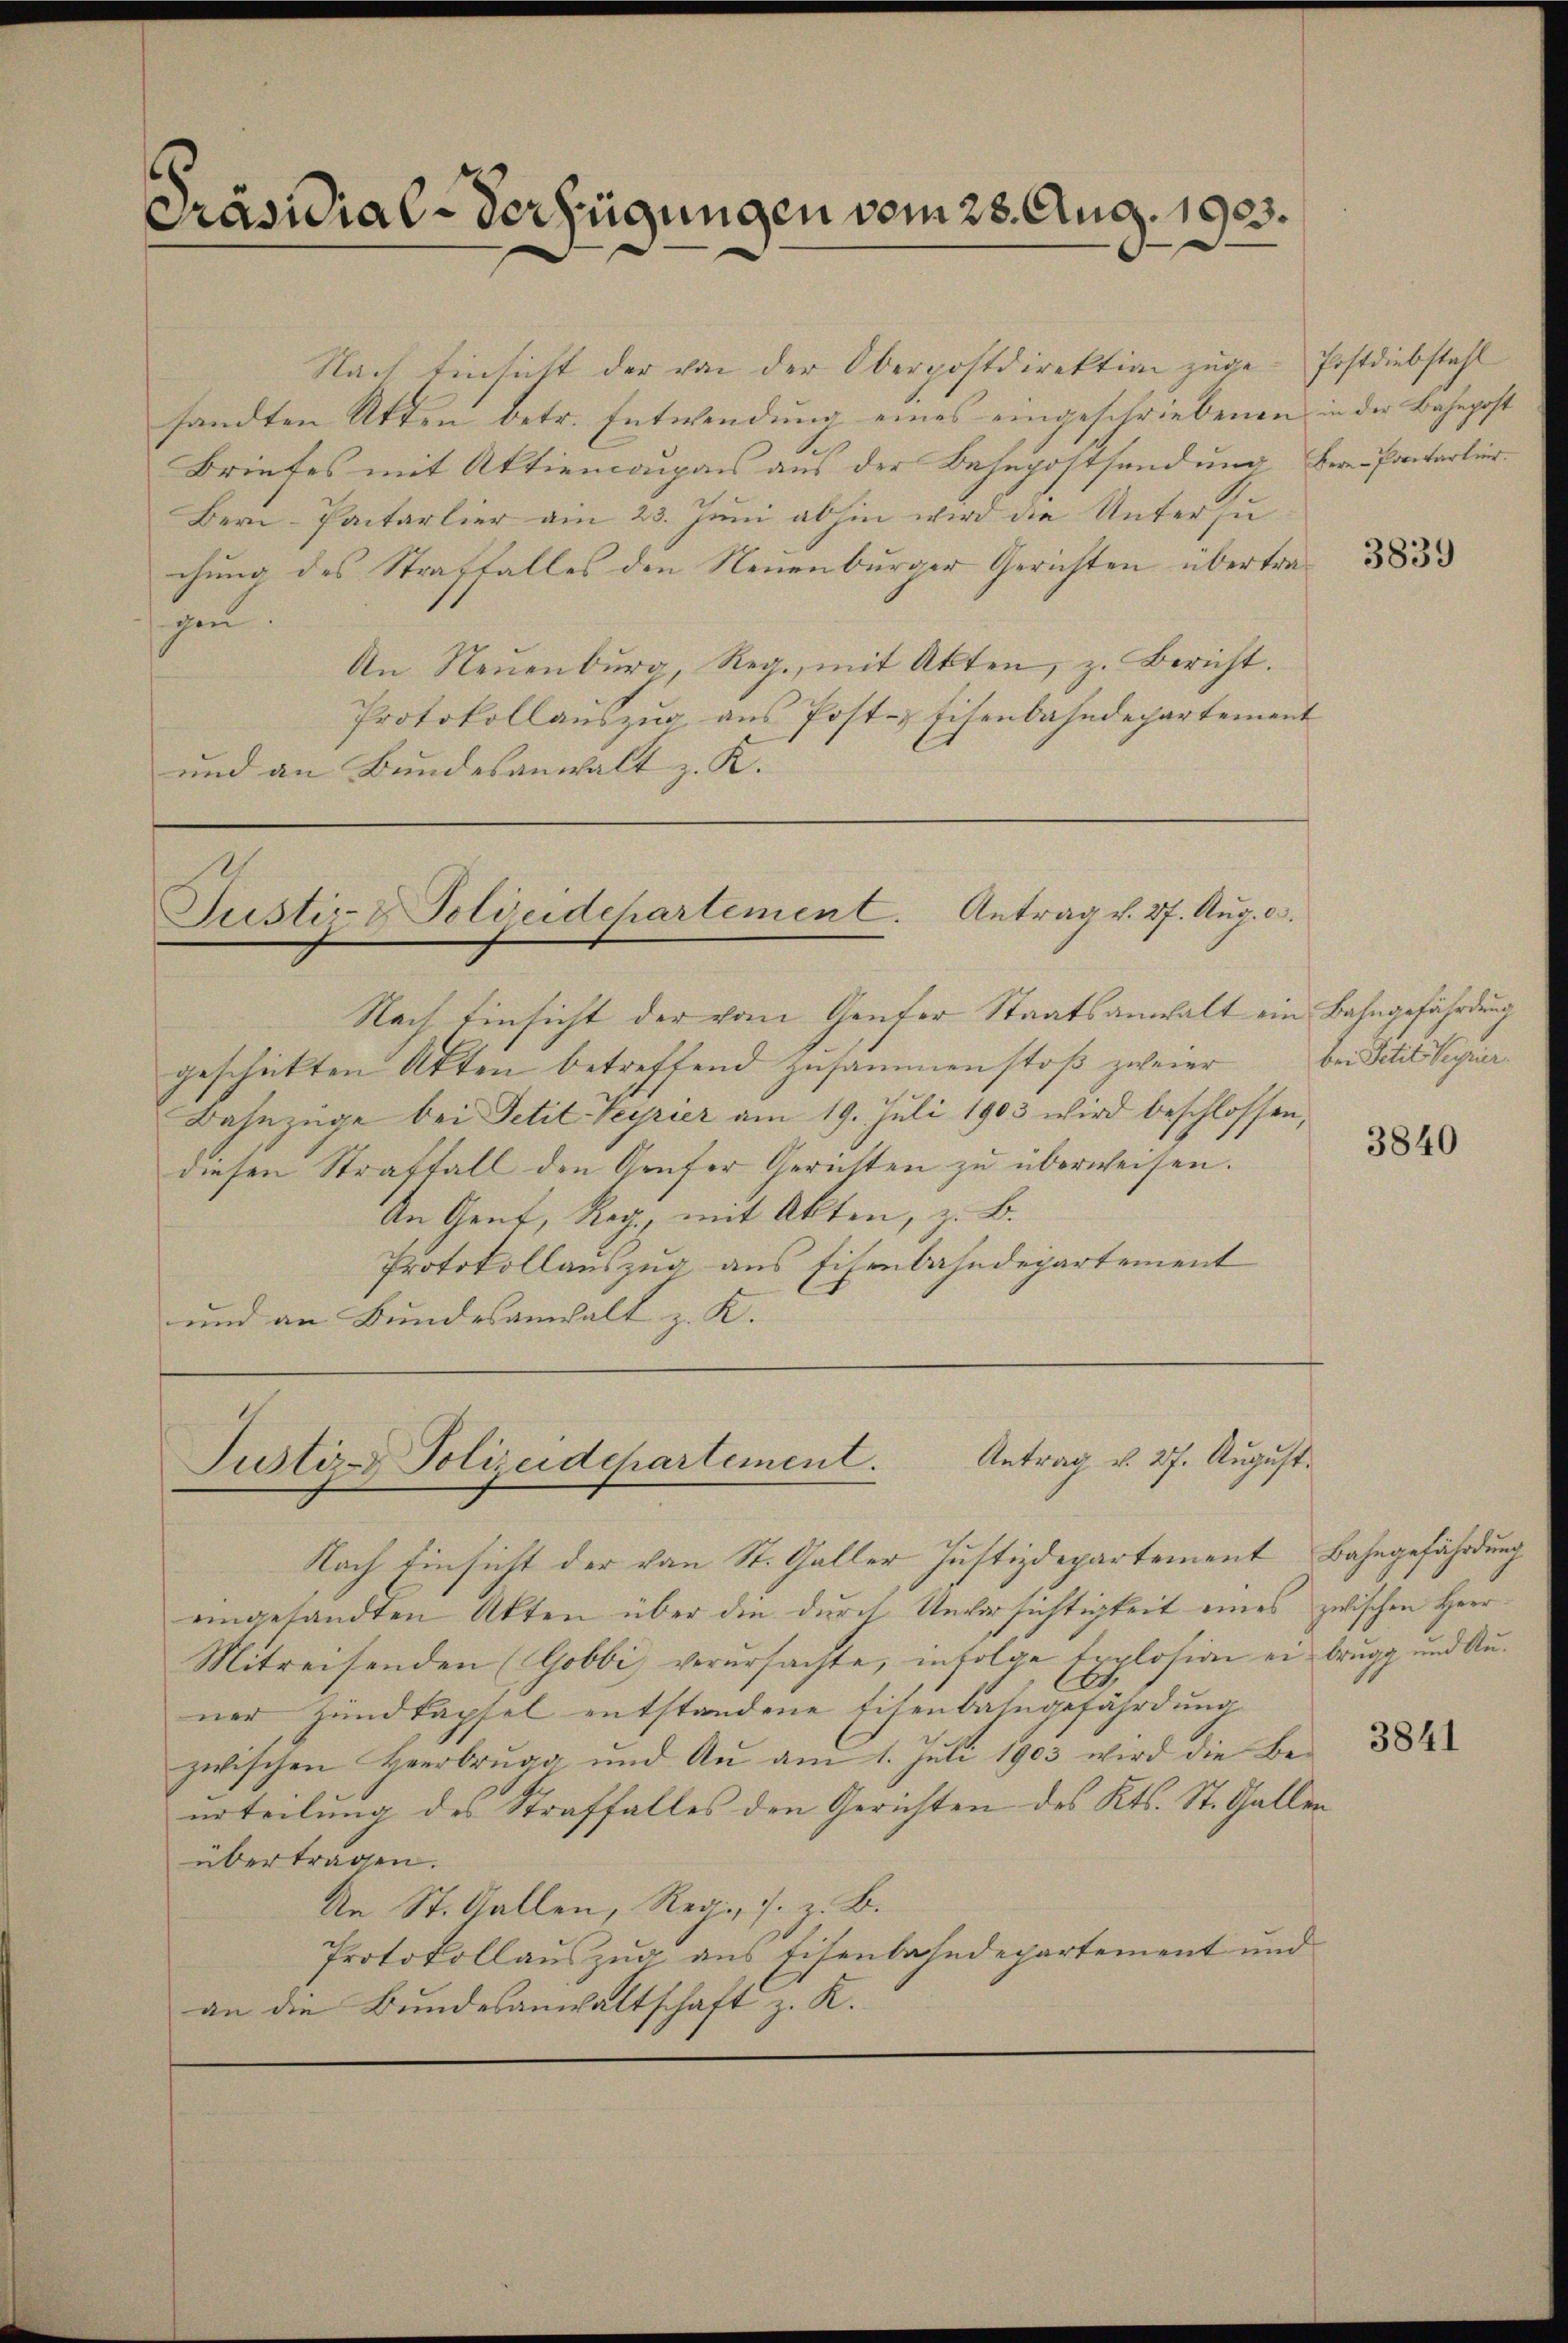
Präsidial-Verfügungen vom 28. Aug. 1923.

Nach Einsicht der von der Oberpostdirektion zuge-Postdiebstahl
sandten Atten betr. Entwendung eines eingeschriebenen in der Bahnpost
Briefes mit Aktiencoupons aus der Besepostsendung Bern-Pantartier.
Bern-Pactarlier am 23. Juni abhin wird die Unter zuchung des Straffalles den Neuenburger Gerichten übertragen.
An Neuenburg, Reg., mit Akten, z. Bericht.
Protokollauszug aus Post-Eisenbahndepartement
und an Bundesanwalt z. K.

Nach Einsicht der vom Genfer Staatsanwalt ein Bahngefährdung
geschickten Akten betreffend zusammenstoß zweier
Bahnzüge bei Petit Keyrier am 19. Juli 1903 wird beschlossen,
diesen Straffall den Genfer Gerichten zu überweisen.
An Gent, Reg. mit Akten, z. B.
Protokollauszug aus Eisenbahndepartement
und an Bundesanwalt z. K.

Justiz- & Polieidchartement. Antrag v. 27. Aug. c.

Antrag v. 27. August.
Justiz- & Polizeidchartement.

Nach Einsicht der von St. Galler Justizdepartement
eingesandten Akten über die durch Unversichtigkeit eines zwischen Herr
Mitreisenden (Gobbi verursachte, infolge Explosion ein brugg und Auner Zundkapsel entstandene Eisenbahngefährdung
zwischen Heerbrugg und An am 1. Juli 1903 wird die Be-
urteilung des Straffalles den Gerichten des Kts. St. Gallen
übertragen.
An St. Gallen, Regi, s. z. B.
Protokollauszug aus Eisenbahndepartement und
an die Bundesanwaltschaft z. K.

3839

bei Petits Serier.

3840

Bahngefährdung

3841